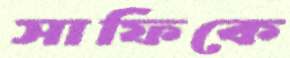
সাফিকে